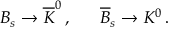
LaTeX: B _ { s } \rightarrow \overline { { K } } ^ { 0 } \, , \; \; \; \; \; \; \overline { { B } } _ { s } \rightarrow K ^ { 0 } \, .